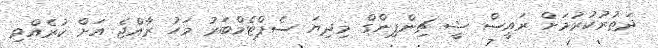
ދަތުރުކުރުމަށް ރައީސް ޝީ ޗިންޕިންގް މިދިޔަ ސެޕްޓެމްބަރު މަހު ރާއްޖެ އަށް ކުރެއްވި